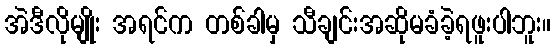
အဲဒီလိုမျိုး အရင်က တစ်ခါမှ သီချင်းအဆိုမခံခဲ့ရဖူးပါဘူး။